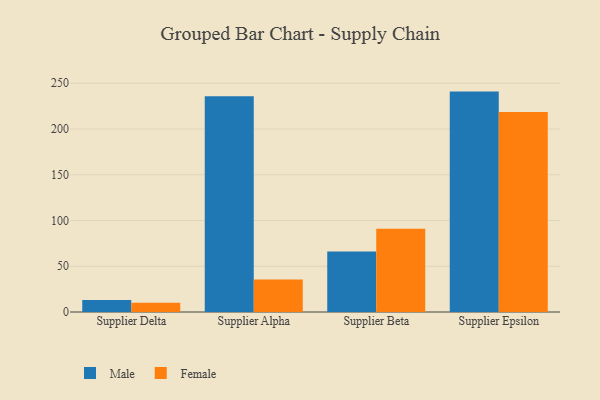
{"axis": {"x": "Supplier", "y": "Revenue (USD Million)"}, "legend": ["Female", "Male"], "data": [{"x": "Supplier Delta", "y": 13.1, "type": "Male"}, {"x": "Supplier Delta", "y": 10.2, "type": "Female"}, {"x": "Supplier Alpha", "y": 235.8, "type": "Male"}, {"x": "Supplier Alpha", "y": 35.5, "type": "Female"}, {"x": "Supplier Beta", "y": 66.2, "type": "Male"}, {"x": "Supplier Beta", "y": 91.1, "type": "Female"}, {"x": "Supplier Epsilon", "y": 240.9, "type": "Male"}, {"x": "Supplier Epsilon", "y": 218.5, "type": "Female"}]}